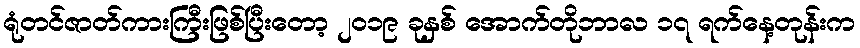
ရုံတင်ဇာတ်ကားကြီးဖြစ်ပြီးတော့ ၂၀၁၉ ခုနှစ် အောက်တိုဘာလ ၁၇ ရက်နေ့တုန်းက